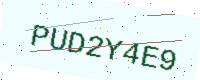
Text: PUD2Y4E9